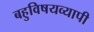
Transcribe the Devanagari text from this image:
बहुविषयव्यापी